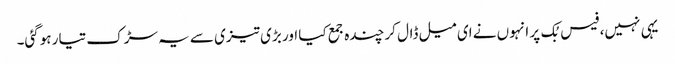
یہی نہیں، فیس بُک پر انہوں نے ای میل ڈال کر چندہ جمع کیا اور بڑی تیزی سے یہ سڑک تیار ہوگئی۔